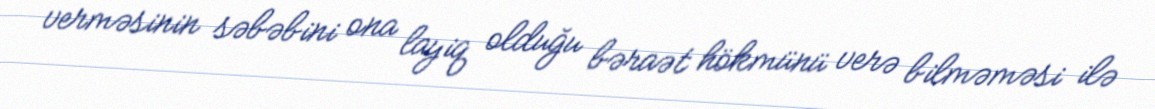
verməsinin səbəbini ona layiq olduğu bəraət hökmünü verə bilməməsi ilə